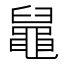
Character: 𪓢